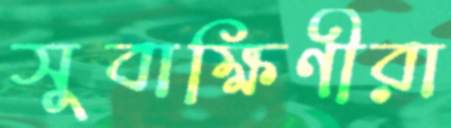
সুবাক্ষিণীরা